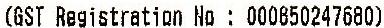
(GST REGISTRATION NO : 000850247680)